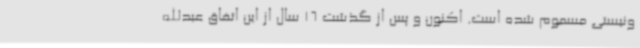
ونیستی مسموم شده است. اکنون و پس از گذشت 16 سال از این اتفاق عبدالله